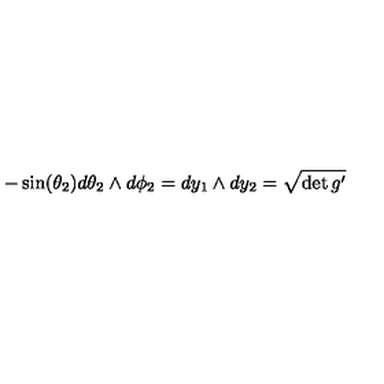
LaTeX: - \sin ( \theta _ { 2 } ) d \theta _ { 2 } \wedge d \phi _ { 2 } = d y _ { 1 } \wedge d y _ { 2 } = \sqrt { \det g ^ { \prime } }